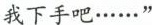
我下手吧……”